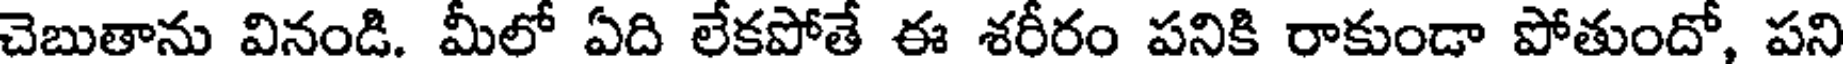
చెబుతాను వినండి. మీలో ఏది లేకపోతే ఈ శరీరం పనికి రాకుండా పోతుందో, పని